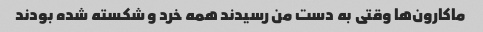
ماکارون‌ها وقتی به دست من رسیدند همه خرد و شکسته شده بودند